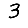
Digit: 3